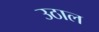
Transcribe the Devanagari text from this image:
उठाल